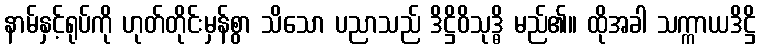
နာမ်နှင့်ရုပ်ကို ဟုတ်တိုင်းမှန်စွာ သိသော ပညာသည် ဒိဋ္ဌိဝိသုဒ္ဓိ မည်၏။ ထိုအခါ သက္ကာယဒိဋ္ဌိ